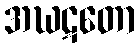
အဃဋတော